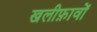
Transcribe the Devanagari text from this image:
खलीफ़ावों